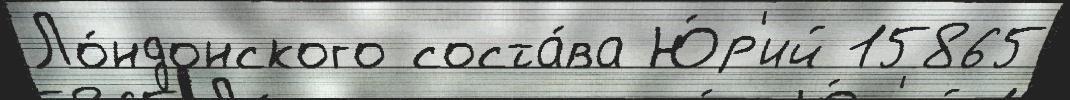
Ло́ндонского соста́ва Ю́р'ий 15865